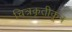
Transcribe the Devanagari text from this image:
चित्रकृतीकून